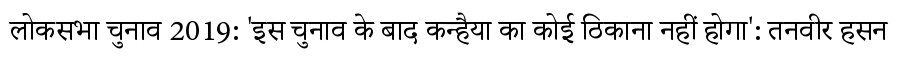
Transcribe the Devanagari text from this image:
लोकसभा चुनाव 2019: 'इस चुनाव के बाद कन्हैया का कोई ठिकाना नहीं होगा': तनवीर हसन